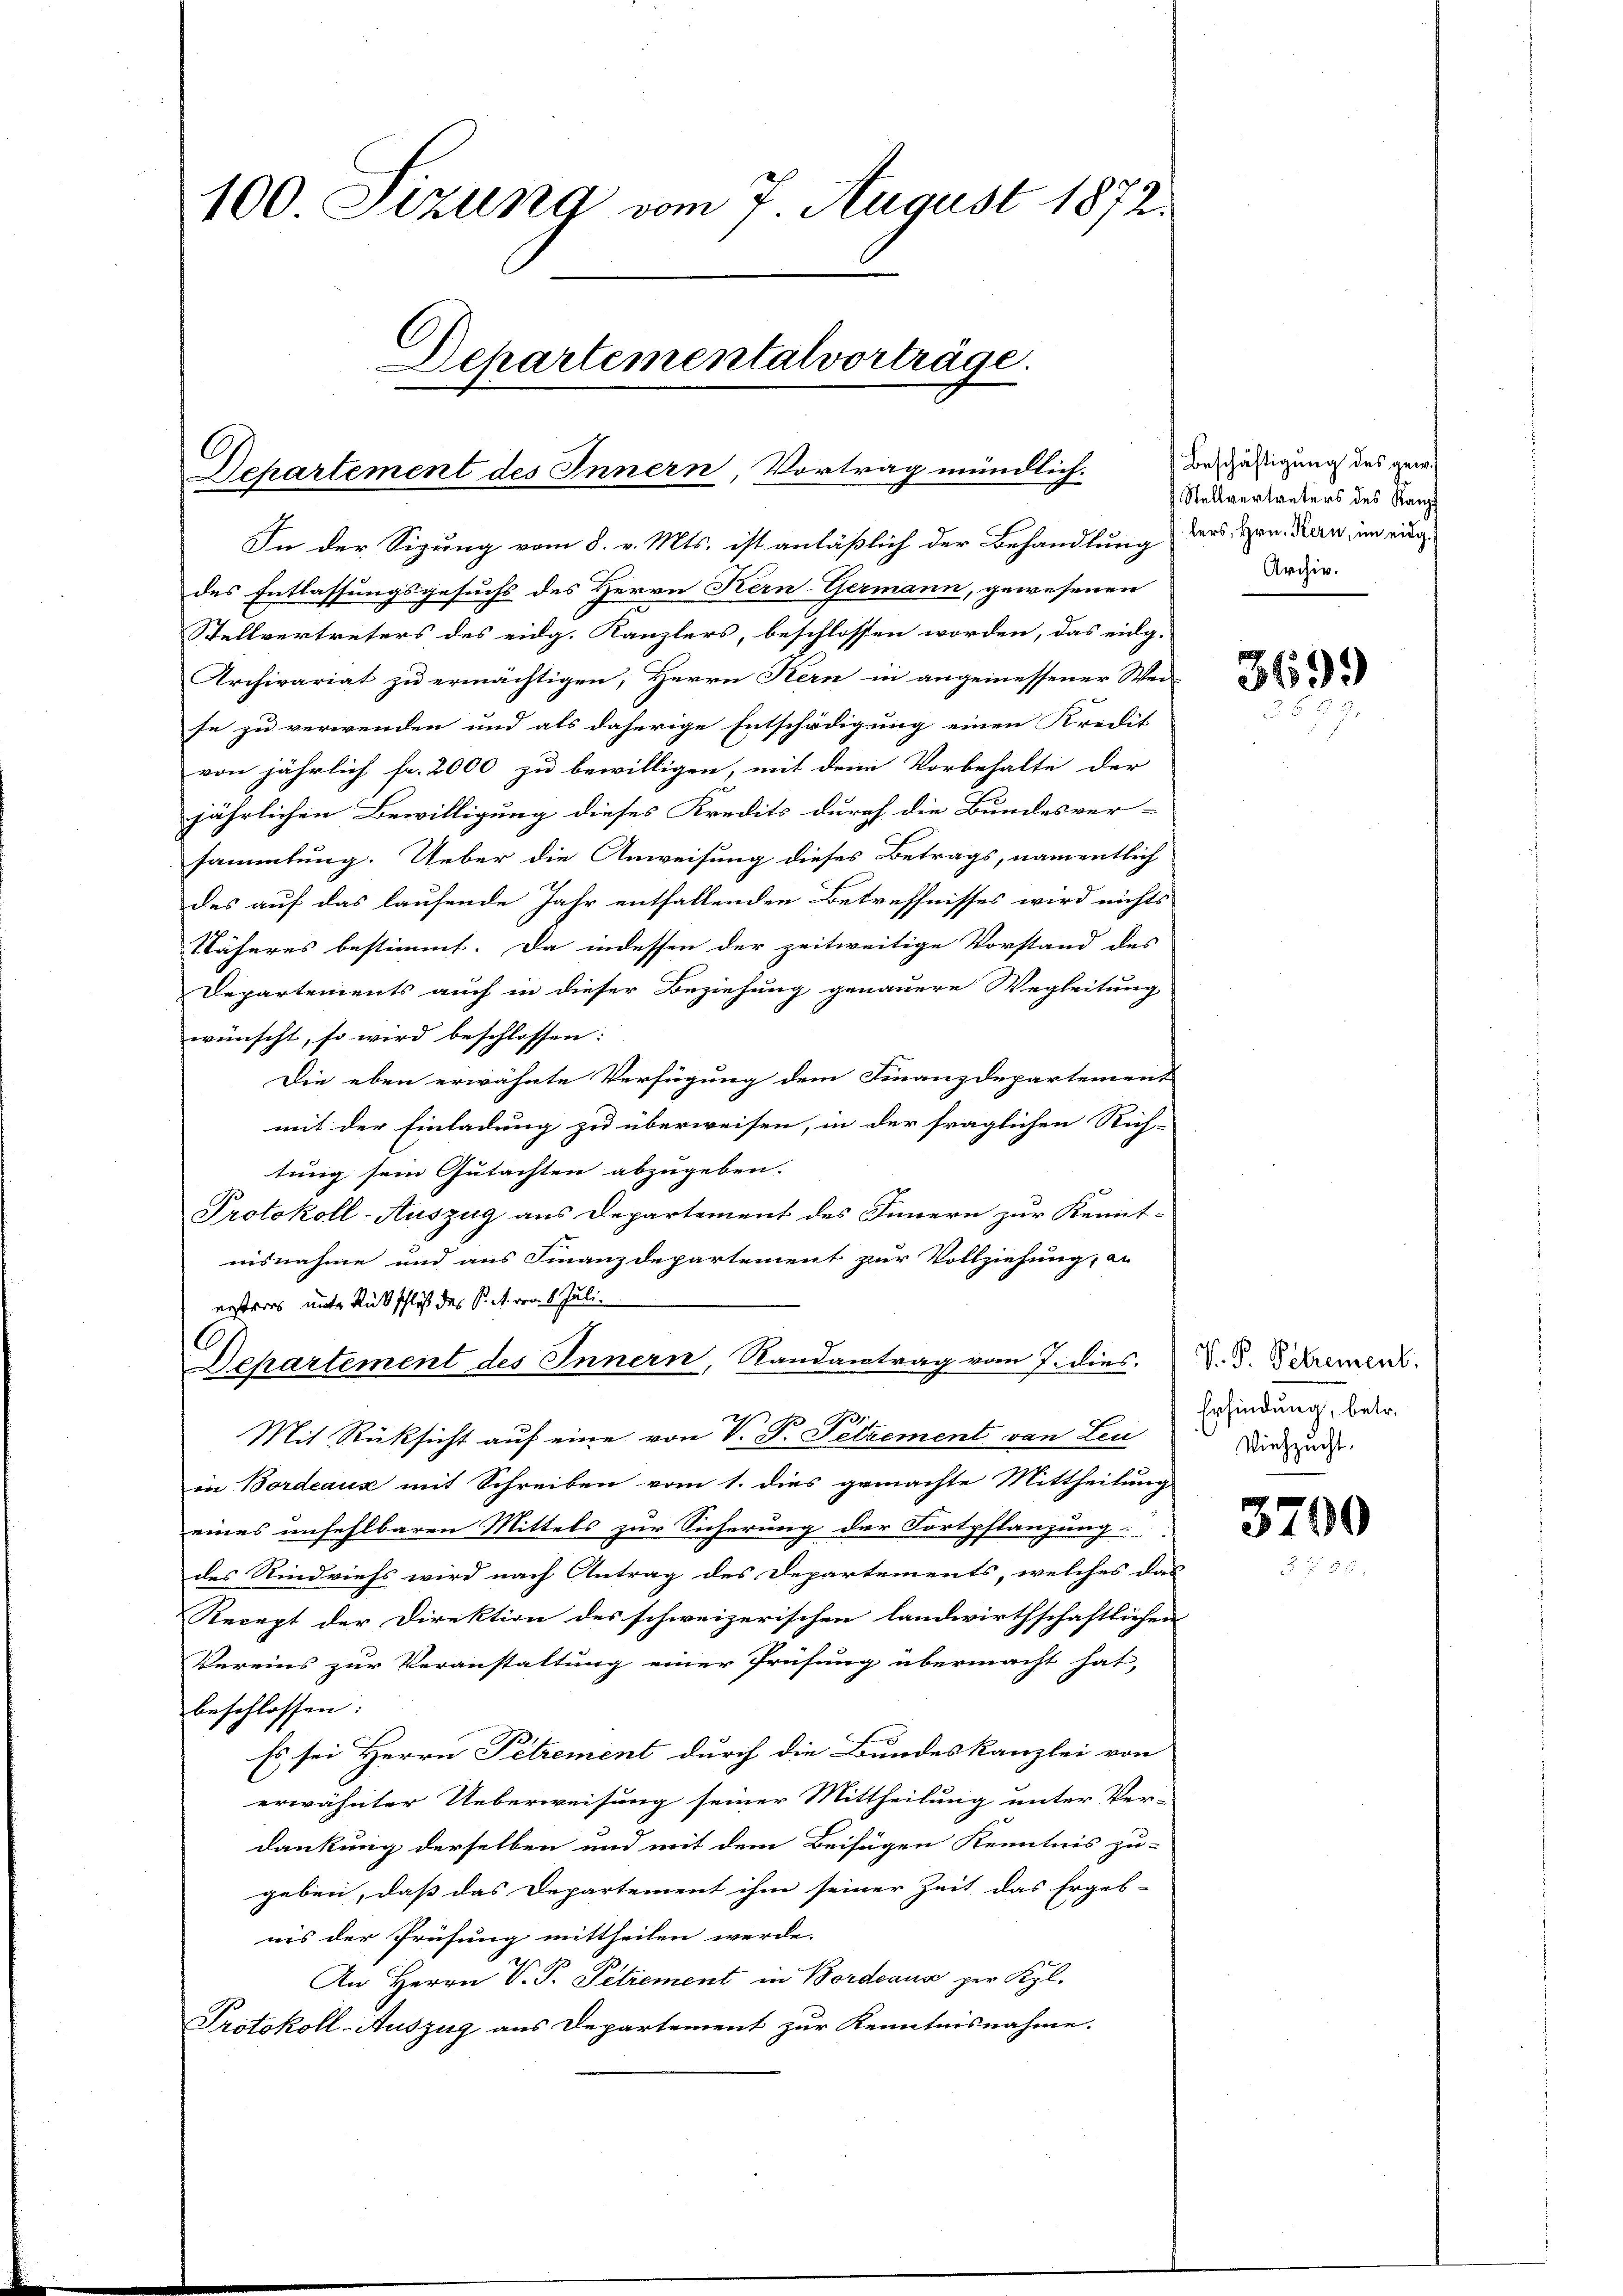
100 Stzung vom 7. August 1872.
Departementalvorträge.
Departement des Innern, Vortrag mündlich.

In der Sigung vom 8. v. Mts. ist anläßlich der Behandlung ders von Kan, im eing
des Entlassungsgesuchs des Herrn Kern-Germann, gewesenen
Stellvertreters des eidg. Kanzlers, beschlossen worden, das eidg.
Archivariat zu ermächtigen, Herrn Kern in angemessener Wei-
se zu verwenden und als daherige Entschädigung einen Kredit
von jährlich fr. 2000 zu bewilligen, mit dem Vorbehalte der
jährlichen Bewilligung dieses Kredits durch die Bundesver-
sammlung. Ueber die Anweisung dieses Betrags, namentlich
des auf das laufende Jahr entfallenden Betreffnisses wird nichts
Näheres bestimmt. Da indessen der zeitweitige Vorstand des
Departements auch in dieser Beziehung genauere Wegleitung
wünscht, so wird beschlossen:
Die eben erwähnte Verfügung dem Finanzdepartement
mit der Einladung zu überweisen, in der fraglichen Rich-
tung sein Gutachten abzugeben.
Protokoll-Auszug aus Departement des Innern zur Kennt-
nisnahme und aus Finanzdepartement zur Vollziehung, an
ersteres unter Rückschluß des P. M. von 8 Juli.
Dehartement des Innern, Randantrag vom 7. dies
Mit Rüksicht auf eine von V. P. Pelzement von Leu
in Bordeaux mit Schreiben vom 1. dies gemachte Mittheilung
eines unfehlbaren Mittels zur Sicherung der Fortpflanzung:
des Rindviehs wird nach Antrag des Departements, welches das
Recept der Direktion des schweizerischen landwirthschaftlichen
Vereins zur Veranstaltung einer Prüfung übermacht hat,
beschlossen:
Es sei Herrn Petrement durch die Bundeskanzlei von
erwähnter Ueberweisung seiner Mittheilung unter Ver-
dankung derselben und mit dem Beifügen Kenntnis zu-
geben, daß das Departement ihm seiner Zeit das Ergeb-
nis der Prüfung mittheilen werde.
An Herrn V. P. Petrement in Bordeaux per Kgl.
Protokoll-Auszug aus Departement zur Kenntnisnahme.

Beschäftigung des gew
Stellvertreters des Kanzl
Archiv.

3699)

V. P. Petrement.
Erfindung, betr.
Viehzucht.

3700